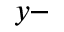
y -